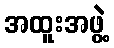
အထူးအဖွဲ့